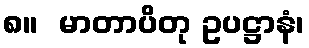
၈။  မာတာပိတု ဥပဋ္ဌာနံ၊